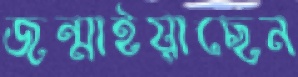
জন্মাইয়াছেন